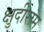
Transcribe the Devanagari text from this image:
क्षुदीराम